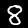
Label: 8